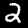
Label: 2